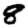
Digit: 8